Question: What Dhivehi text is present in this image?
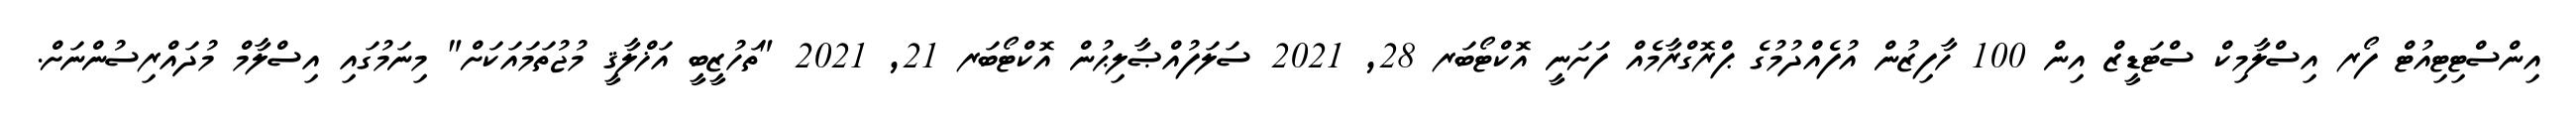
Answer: އިންސްޓިޓިއުޓް ފޯރ އިސްލާމިކް ސްޓަޑީޒް އިން 100 ހާފިޒުން އުފެއްދުމުގެ ޕްރޮގްރާމެއް ފަށަނީ އޮކްޓޯބަރ 28, 2021 ސަލަފުއްޞާލިޙުން އޮކްޓޯބަރ 21, 2021 "ތަހުޒީބީ އަޚްލާޤީ މުޖުތަމައަކަށް" މިނަމުގައި އިސްލާމް މުދައްރިސުންނަށް.